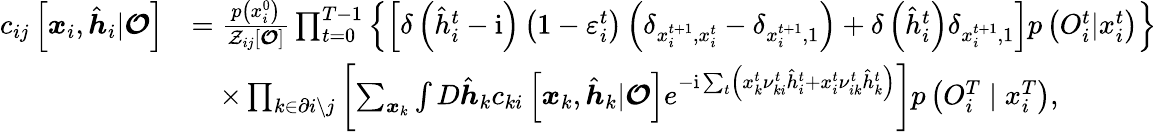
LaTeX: \begin{array}{rl}{c_{ij}\left[\boldsymbol{x}_{i},\hat{\boldsymbol{h}}_{i}|\boldsymbol{\mathcal{O}}\right]}&{=\frac{p\left(x_{i}^{0}\right)}{\mathcal{Z}_{ij}[\boldsymbol{\mathcal{O}}]}\prod_{t=0}^{T-1}\left\{ \left[\delta\left(\hat{h}_{i}^{t}-\mathrm{i}\right)\left(1-\varepsilon_{i}^{t}\right)\left(\delta_{x_{i}^{t+1},x_{i}^{t}}-\delta_{x_{i}^{t+1},1}\right)+\delta\left(\hat{h}_{i}^{t}\right)\delta_{x_{i}^{t+1},1}\right]p\left({O}_{i}^{t}|x_{i}^{t}\right)\right\} }\\ &{\quad\times\prod_{k\in\partial i\setminus j}\left[\sum_{\boldsymbol{x}_{k}}\int D\hat{\boldsymbol{h}}_{k}c_{ki}\left[\boldsymbol{x}_{k},\hat{\boldsymbol{h}}_{k}|\boldsymbol{\mathcal{O}}\right]e^{-\mathrm{i}\sum_{t}\left(x_{k}^{t}\nu_{ki}^{t}\hat{h}_{i}^{t}+x_{i}^{t}\nu_{ik}^{t}\hat{h}_{k}^{t}\right)}\right]p\left({O}_{i}^{T}\mid x_{i}^{T}\right),}\end{array}